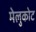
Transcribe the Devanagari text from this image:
मेलुकोट